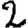
Digit: 2